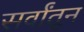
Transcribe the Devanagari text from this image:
सर्वांतून